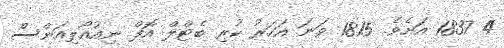
4 1837 އަށެވެ. 1815 ވަނަ އަހަރު ކުރި ބެޓްލް އޮފް ނިއުއޯލިއަންސް